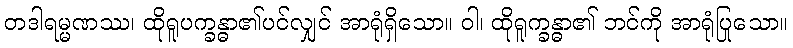
တဒါရမ္မဏဿ၊ ထိုရူပက္ခန္ဓာ၏ပင်လျှင် အာရုံရှိသော။ ဝါ၊ ထိုရူက္ခန္ဓာ၏ ဘင်ကို အာရုံပြုသော။